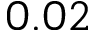
0 . 0 2